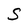
Character: S